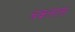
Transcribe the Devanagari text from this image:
चकलाला